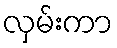
လှမ်းကာ